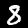
Digit: 8